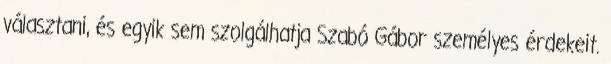
választani, és egyik sem szolgálhatja Szabó Gábor személyes érdekeit.